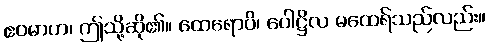
ဧဝမာဟ၊ ဤသို့ဆို၏။ ထေရောပိ၊ ပေါဋ္ဌိလ မထေရ်သည်လည်း။